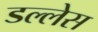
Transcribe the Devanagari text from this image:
डल्लेस